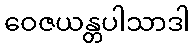
ဝေဇယန္တပါသာဒါ